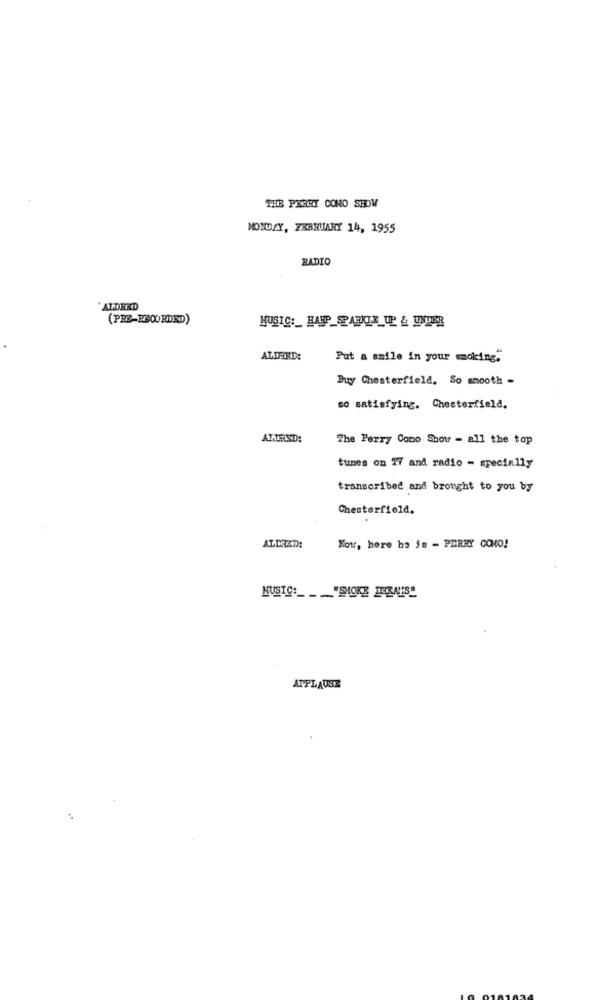
THE PERRY CONO SHOW
MONDAY, FEBRUARY 14, 1955
RADIO
`ALDRED
(PRE-B-00 RDRD)
MUSIC :_ HAHP_SPARKLE UP & UNDER
ALDERD:
Put a smile in your smoking.
Buy Chesterfield, So smooth -
so satisfying. Chesterfield.
ALTRISD:
The Perry Cono Show - all the top
tunes on 17 and radio - specially
transcribed and brought to you by
Chesterfield.
ALDRED:
Now, here ha js - PERRY COMO!
NUSTO :__ "SMOKE DEALS!
APPLAUSE